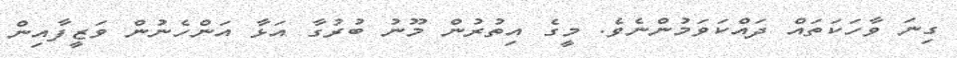
ގިނަ ވާހަކަތައް ދައްކަވަމުންނެވެ. މީގެ އިތުރުން މޫނު ބުރުގާ އަޅާ އަންހެނުން ވަޒީފާއިން